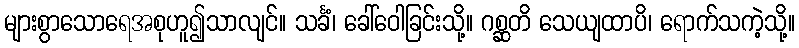
များစွာသောရေအစုဟူ၍သာလျင်။ သင်္ခံ၊ ခေါ်ဝေါခြင်းသို့။ ဂစ္ဆတိ သေယျထာပိ၊ ရောက်သကဲ့သို့။